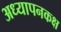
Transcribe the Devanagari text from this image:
अध्यापनकक्ष